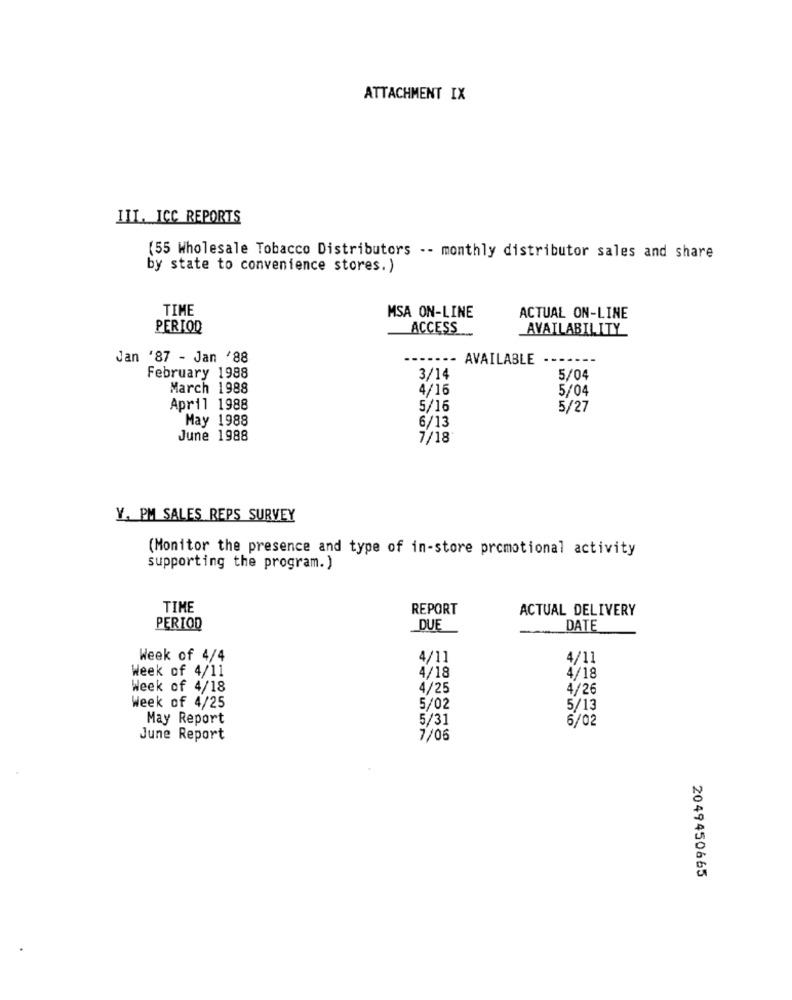
ATTACHMENT IX
III. ICC REPORTS
(55 Wholesale Tobacco Distributors -- monthly distributor sales and share
by state to convenience stores.)
TIME
MSA ON-LINE
ACTUAL ON-LINE
PERIOD
ACCESS
AVAILABILITY
Jan '87 - Jan '88
------- AVAILABLE ---
February 1988
3/14
5/04
March 1988
4/16
5/04
April 1988
5/16
5/27
May 1988
6/13
June 1988
7/18
Y. PM SALES REPS SURVEY
(Monitor the presence and type of in-store promotional activity
supporting the program.)
TIME
REPORT
ACTUAL DELIVERY
PERIOD
DUE
DATE
Week of 4/4
4/11
4/11
Week of 4/11
4/18
4/18
Week of 4/18
4/25
4/26
Week of 4/25
5/02
5/13
May Report
5/31
6/02
June Report
7/06
2049450665